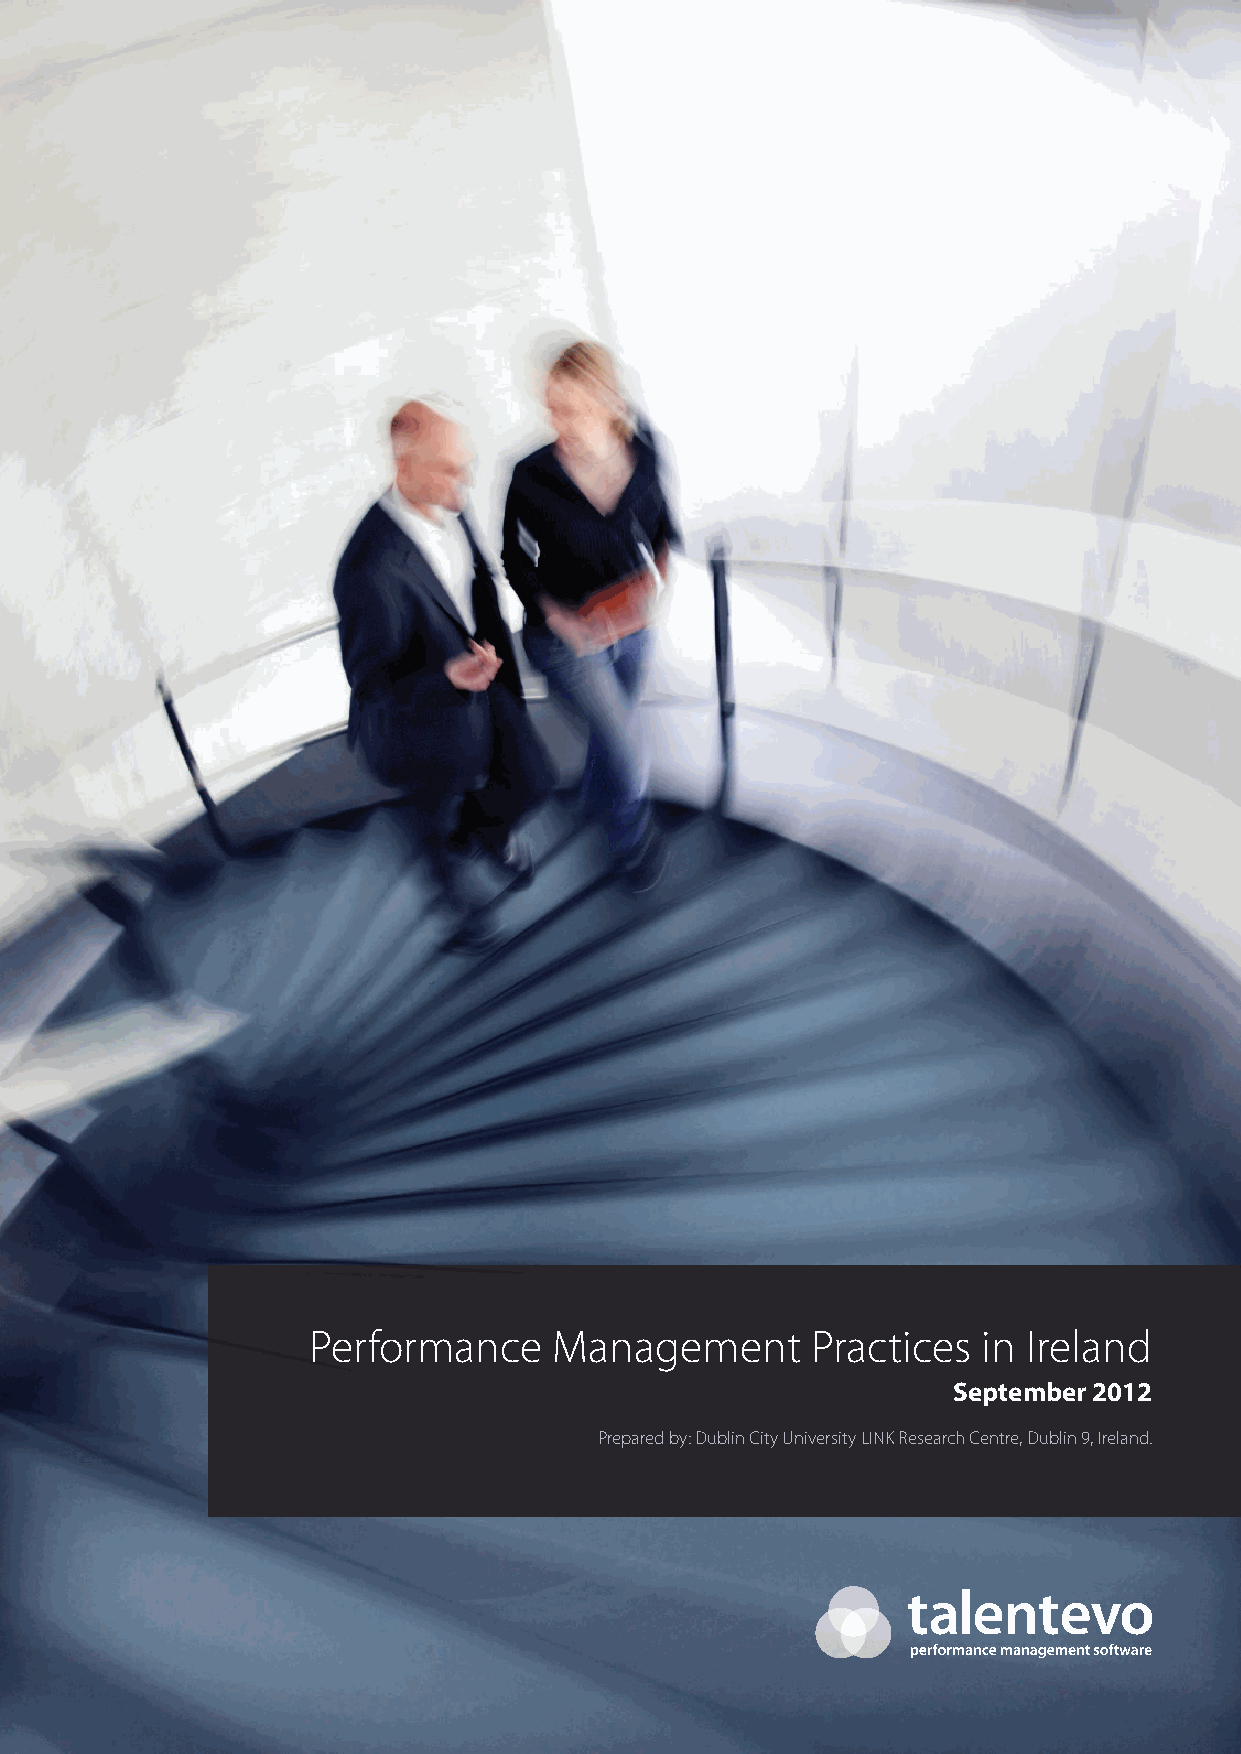
Performance      Management       Practices  in Ireland
 September 2012
 Prepared by: Dublin City University LINK Research Centre, Dublin 9, Ireland.